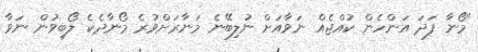
"މޯނާ ފަދަ އަންހެން ކުއްޖެއް ނަވާއަށް ނުލިބޭނެ މަނާރަށްވުރެ މޯނާދެކެ ލޯބިވުން ނަވާ